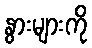
နွားများကို